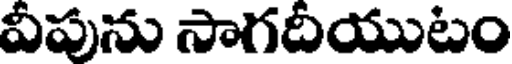
వీపును సాగదీయుటం